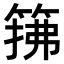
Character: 𫂅